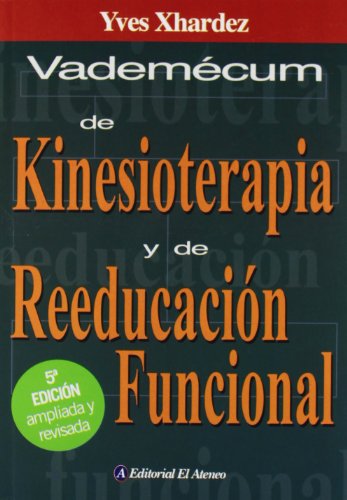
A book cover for Vademecum de Kinesioterapia y reeducacion funcional / kinesiotherapy Vademecum and functional rehabilitation (Spanish Edition); Yves Xhardez; Health, Fitness & Dieting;